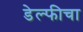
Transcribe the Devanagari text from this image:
डेल्फीचा